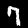
Label: 7